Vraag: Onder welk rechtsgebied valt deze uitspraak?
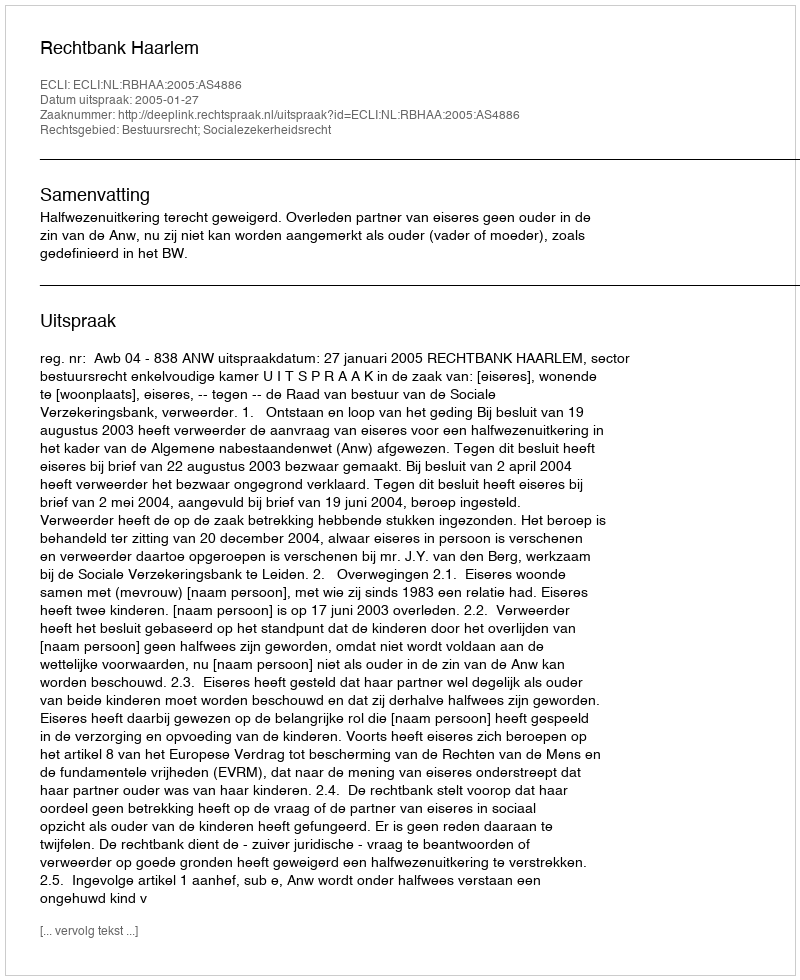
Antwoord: Bestuursrecht; Socialezekerheidsrecht